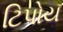
ટિપોય